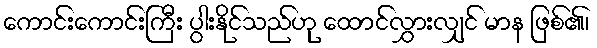
ကောင်းကောင်းကြီး ပွါးနိုင်သည်ဟု ထောင်လွှားလျှင် မာန ဖြစ်၏၊